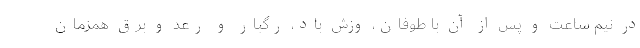
در نیم‌ ساعت و پس از آن با طوفان، وزش باد، رگبار و رعد و برق همزمان